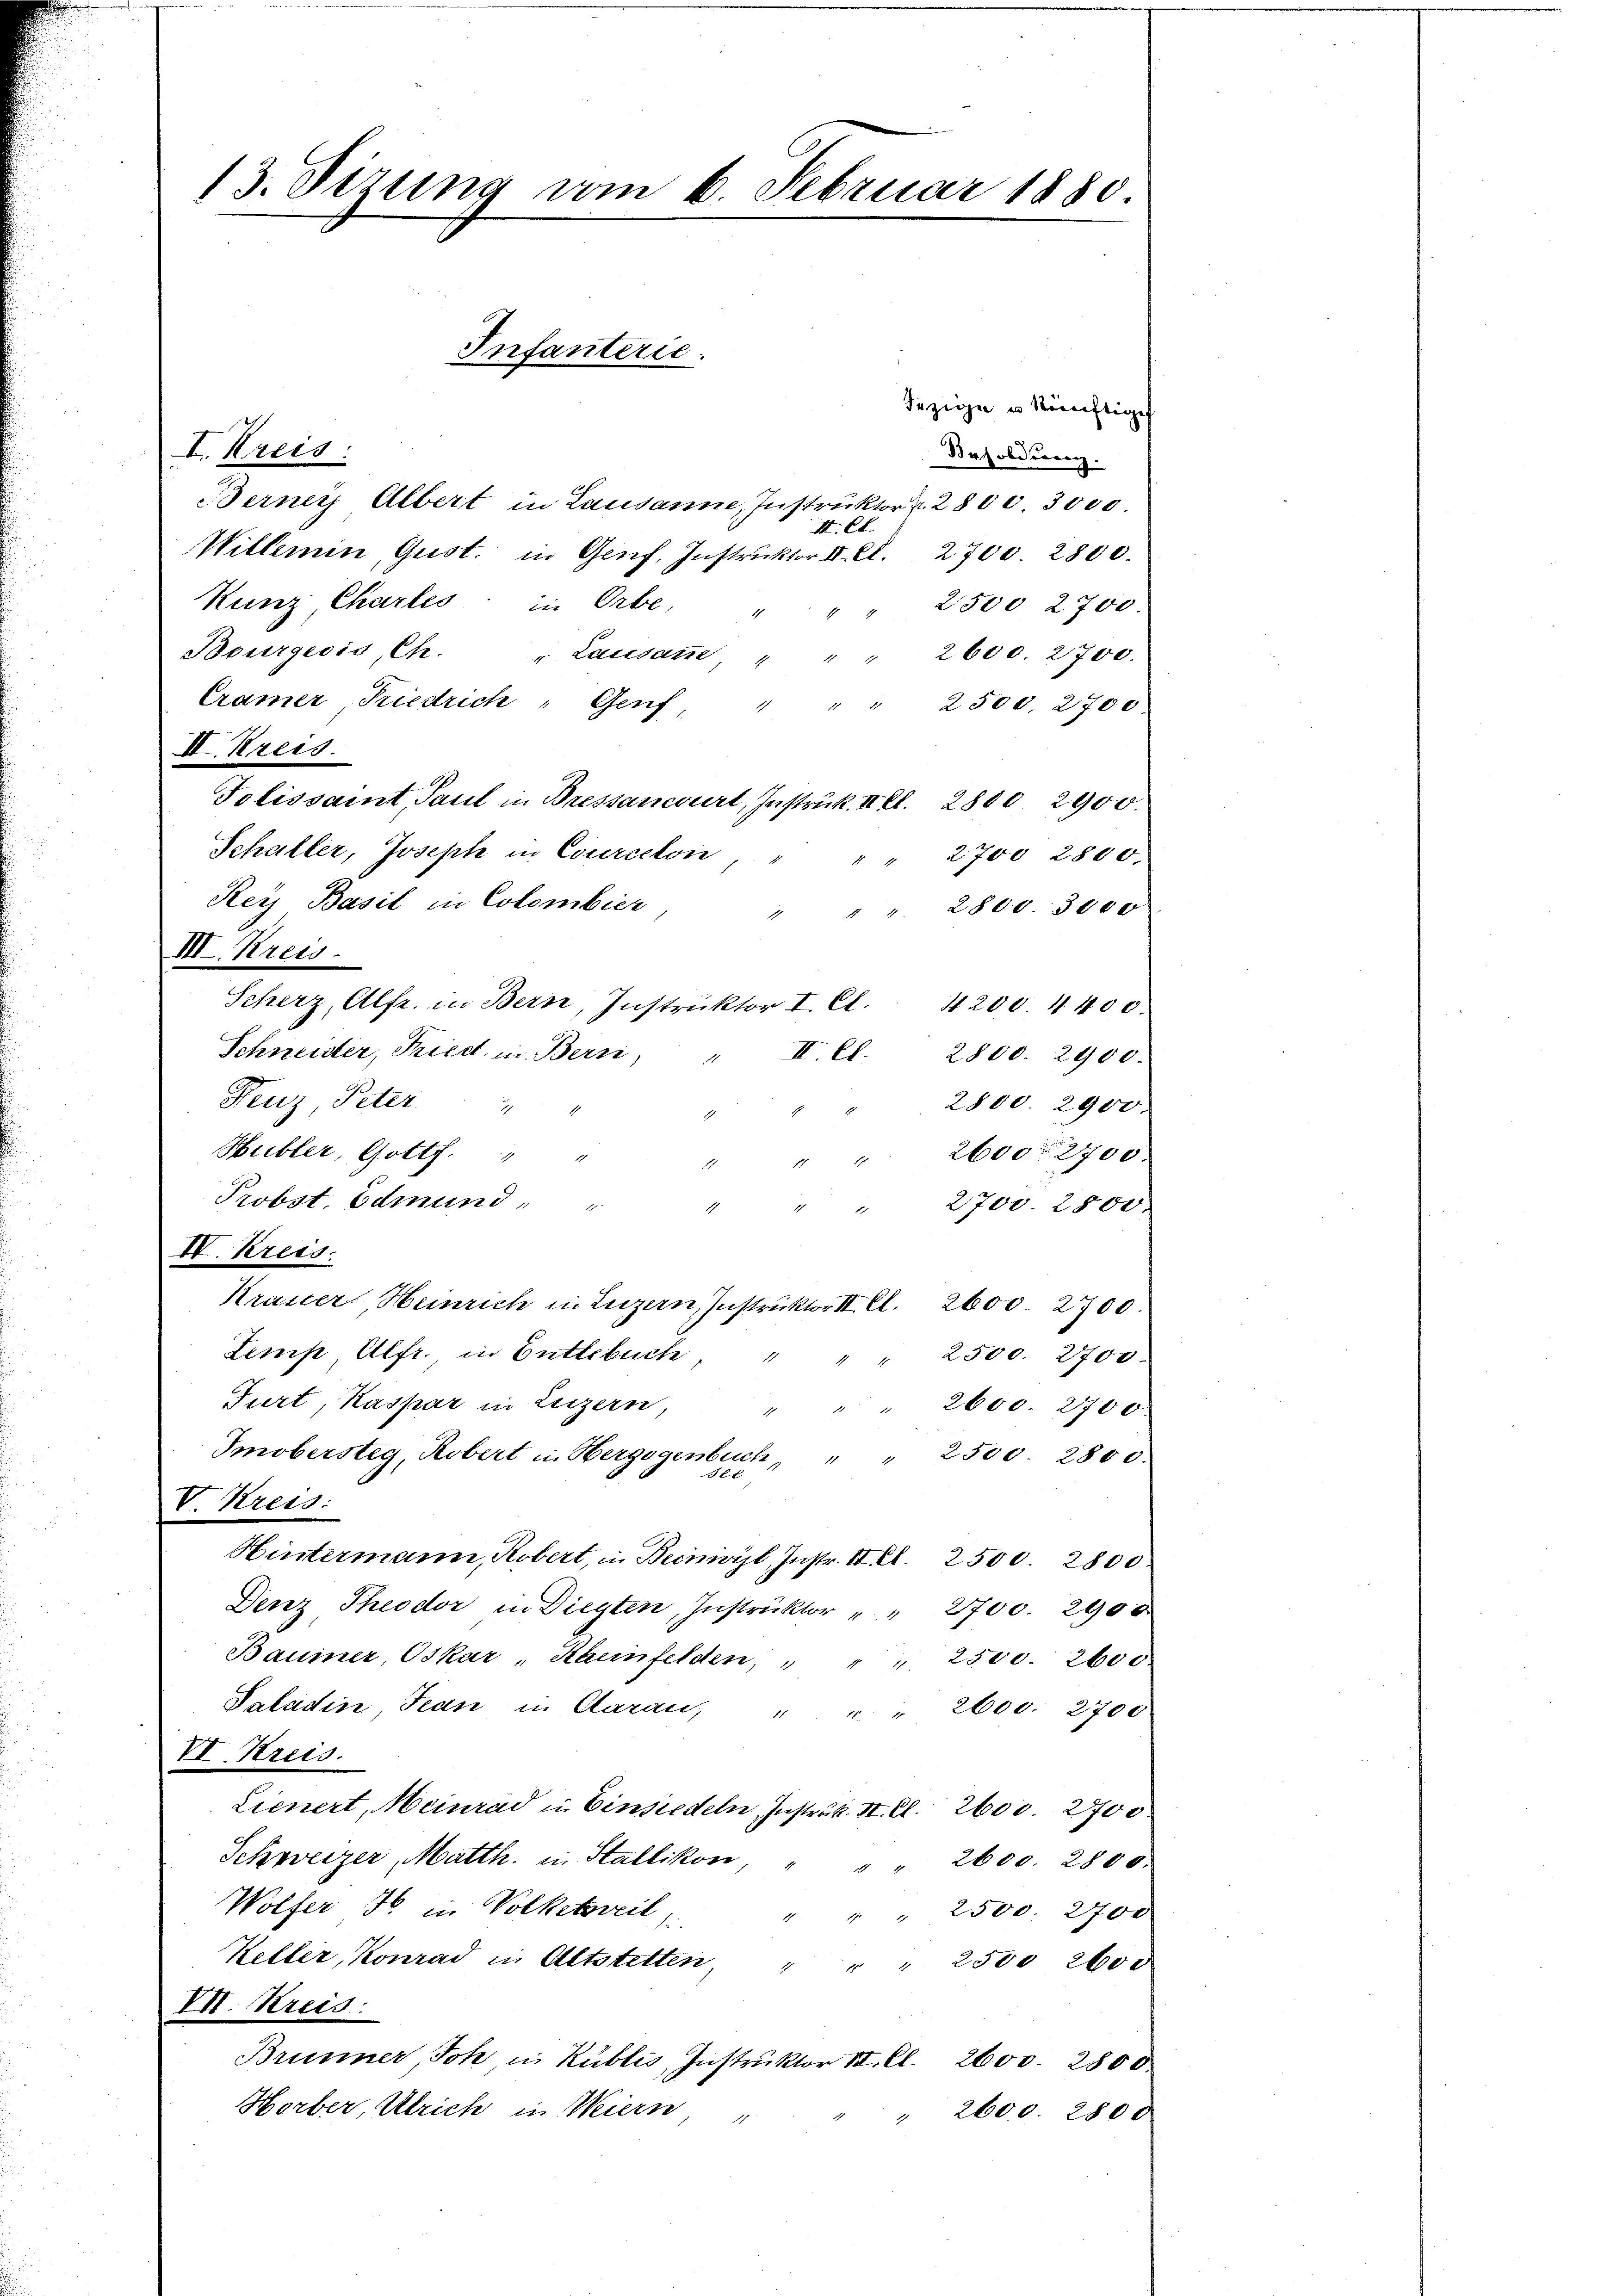
13. Sizung vom 6. Februar 1880.

ezige u künftige
I. Kreis:
Besoldung.
Berner Albert in Lausanne, Instruktor v. 2800. 3000.
II Ct.
Willemin, Gust. in Genf, Instrŭktor II. e. 2700. 2800.
Kunz Chartes in Orbe,
2500 2700.
Bourgeois, C. " Lausaṅe " " " 2600. 2700.
Cramer Riedrich " Genf, "
2500. 2700
IV. Kreis.
Tolissant, Paul in Bressancourt, Instruck. II Kl. 2800. 2900.
Schaller, Joseph in Courcelon " " "
2700 2800.
Rey Basil in Colombier
" " 2800. 3000
1
III. Kreis.
Scherz, Alfr. in Bern, Instrŭktor I. Cl. 4200. 4400.
Schneider, Priest in Berri
II. Cl.
2800. 2900.
.
Feuz Peter " "
2800. 2900.
Heibler, Gotth " "
2600 2700.
Probst. Edmund " "
2700. 2800.
IV. Kreis:
Krasser, Heinrich in Luzern, Instruktor III. Cl. 2600. 2700.
Lemp, Alfr. in Entlebŭch " " " 2500. 2700.
Furt, Kaspar in Luzern, " " " 2600. 2700
Imobersteg, Robert in Hergogenbuch " " 2500. 2800.
xx
V Kreis:
Hintermann, Kobert, in Beinwyl, Instr. II S. 2500. 2800.
Denz Theodor in Diegten, Instrŭktor " " 2700. 2900
Bauiner, Oskar "Kaeinfelden, " " " 2500. 2600.
Saladin Jean in daran, " " " 2600. 2700.
VI Kreis.
Lienert, Meinrad in Einsiedeln Instrukt. II. Cl. 2600. 2700.
Schweizer, Matth. in Stallikon, " " " 2600. 2800.
Wolfer 16 in Volketsweil
" " " 2500. 2700
Keller, Konrad in Altstetten, " " " 2500 2600
VII. Kreis:
Brunner, Joh in Kublis, Instruktor II. Cl. 2600. 2800
Horber, Ulrich in Weiern,
" 2600. 280 f.

Infanterie.